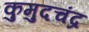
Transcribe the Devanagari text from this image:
कुमुदचंद्र